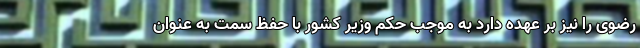
رضوی را نیز بر عهده دارد به موجب حکم وزیر کشور با حفظ سمت به عنوان